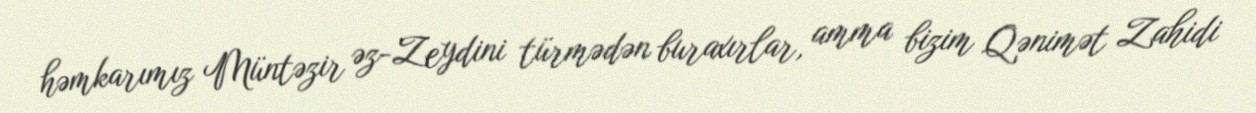
həmkarımız Müntəzir əz-Zeydini türmədən buraxırlar, amma bizim Qənimət Zahidi